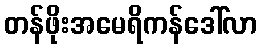
တန်ဖိုးအမေရိကန်ဒေါ်လာ